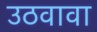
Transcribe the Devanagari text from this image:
उठवावा